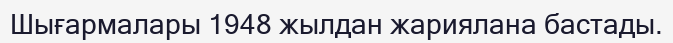
Шығармалары 1948 жылдан жариялана бастады.